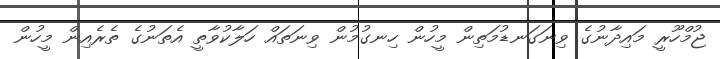
ޖުމްހޫރީ މައިދާނުގެ ވިނަގަނޑުމަތިން މީހުން ހިނގުމުން ވިނަތައް ހަލާކުވާތީ އެތަނުގެ ތެރެއިން މީހުން